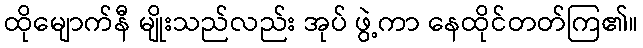
ထိုမျောက်နီ မျိုးသည်လည်း အုပ် ဖွဲ့ကာ နေထိုင်တတ်ကြ၏။